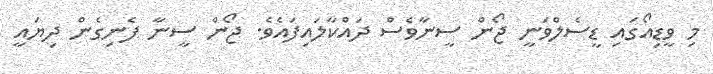
މި ވީޑިއޯގައި ޑީސެލްވަނީ ޖޯން ސީނާވެސް ދައްކާލައިފައެވެ. ޖޯން ސީނާ ފެނިގެން ދިޔައީ